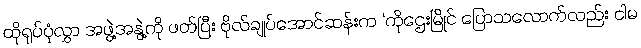
ထိုရုပ်ပုံလွှာ အဖွဲ့အနွဲ့ကို ဖတ်ပြီး ဗိုလ်ချုပ်အောင်ဆန်းက ‘ကိုဌေးမြိုင် ပြောသလောက်လည်း ငါမ